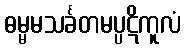
ဓမ္မမသင်္ခတမပ္ပဋိကူလံ